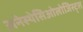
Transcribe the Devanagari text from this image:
अनेस्थेसिओलोजिस्ट्स